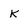
Character: k